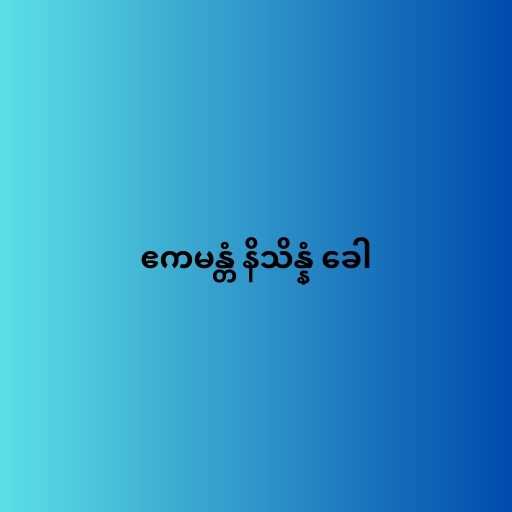
ဧကမန္တံ နိသိန္နံ ခေါ